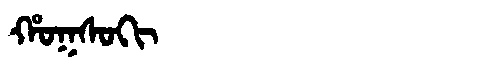
Manchu: ᡥᠣᡴᠰᠣᡴᡳ
Romanization: HOKSOKI